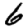
Digit: 6